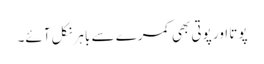
پوتا اور پوتی بھی کمرے سے باہر نکل آئے۔